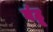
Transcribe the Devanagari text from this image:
वंटू